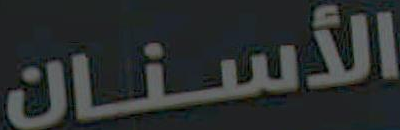
الأسنان